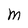
Character: n